Lunatic asylums in Bengal annual reports 1888-1898 - 1888-1898
Year: 1888
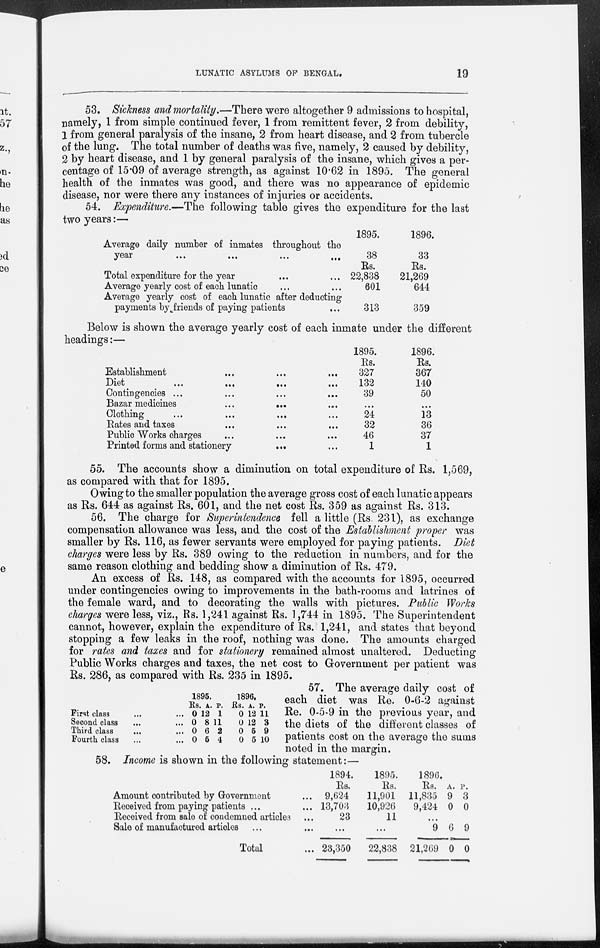
LUNATIC ASYLUMS OF BENGAL.
19
53. Sickness and mortality.—There were altogether 9 admissions to hospital,
namely, 1 from simple continued fever, 1 from remittent fever, 2 from debility,
1 from general paralysis of the insane, 2 from heart disease, and 2 from tubercle
of the lung. The total number of deaths was five, namely, 2 caused by debility,
2 by heart disease, and 1 by general paralysis of the insane, which gives a per-
centage of 15.09 of average strength, as against 10.62 in 1895. The general
health of the inmates was good, and there was no appearance of epidemic
disease, nor were there any instances of injuries or accidents.
54. Expenditure.—The following table gives the expenditure for the last
two years:—
Average daily number of inmates throughout the
year
...
...
...
...
Total expenditure for the year ... ...
Average yearly cost of each lunatic ... ...
Average yearly cost of each lunatic after deducting
payments by friends of paying patients
1895.
38
Rs.
22,838
601
313
1896.
33
Rs.
21,269
644
359
Below is shown the average yearly cost of each inmate under the different
headings:—
Establishment ... ...
Diet
...
...
...
...
Contingencies ...
Bazar medicines
...
...
Clothing ... ...
Rates and taxes ...
Public Works charges ...
Printed forms and stationery
...
1895.
Rs.
327
132
39
...
24
32
46
1
1896.
Rs.
367
140
50
...
13
36
37
1
55. The accounts show a diminution on total expenditure of Rs. 1,569,
as compared with that for 1895.
Owing to the smaller population the average gross cost of each lunatic appears
as Rs. 644 as against Rs. 601, and the net cost Rs. 359 as against Rs. 313.
56. The charge for Superintendence fell a little (Rs. 231), as exchange
compensation allowance was less, and the cost of the Establishment proper was
smaller by Rs. 116, as fewer servants were employed for paying patients. Diet
charges were less by Rs. 389 owing to the reduction in numbers, and for the
same reason clothing and bedding show a diminution of Rs. 479.
An excess of Rs. 148, as compared with the accounts for 1895, occurred
under contingencies owing to improvements in the bath-rooms and latrines of
the female ward, and to decorating the walls with pictures. Public Works
charges were less, viz., Rs. 1,241 against Rs. 1,744 in 1895. The Superintendent
cannot, however, explain the expenditure of Rs. 1,241, and states that beyond
stopping a few leaks in the roof, nothing was done. The amounts charged
for rates and taxes and for stationery remained almost unaltered. Deducting
Public Works charges and taxes, the net cost to Government per patient was
Rs. 286, as compared with Rs. 235 in 1895.
First class ... ...
Second class ... ...
Third class ... ...
Fourth class ... ...
1895.
Rs.
0
0
0
0
A.
12
8
6
5
P.
1
11
2
4
1896.
Rs.
0
0
0
0
A.
12
12
5
5
P.
11
3
9
10
57. The average daily cost of
each diet was Re. 0-6-2 against
Re. 0-5-9 in the previous year, and
the diets of the different classes of
patients cost on the average the sums
noted in the margin.
58. Income is shown in the following statement:—
Amount contributed by Government ...
Received from paying patients ...
Received from sale of condemned articles ...
Sale of manufactured articles ... ...
Total ...
1894.
Rs.
9,624
13,703
23
...
23,350
1895.
Rs.
11,901
10,926
11
...
22,838
1896.
Rs.
11,835
9,424
A.
9
0
P.
3
0
...
9
21,269
6
0
9
0